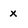
Character: x